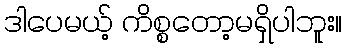
ဒါပေမယ့် ကိစ္စတော့မရှိပါဘူး။